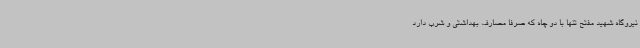
نیروگاه شهید مفتح تنها با دو چاه که صرفاً مصارف بهداشتی و شرب دارد